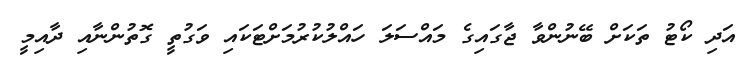
އަދި ކޯޓު ތަކަށް ބޭނުންވާ ޖާގައިގެ މައްސަލަ ހައްލުކުރުމަށްޓަކައި ވަގުތީ ގޮތުންނާއި ދާއިމީ